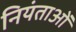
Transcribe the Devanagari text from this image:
नियंताओं